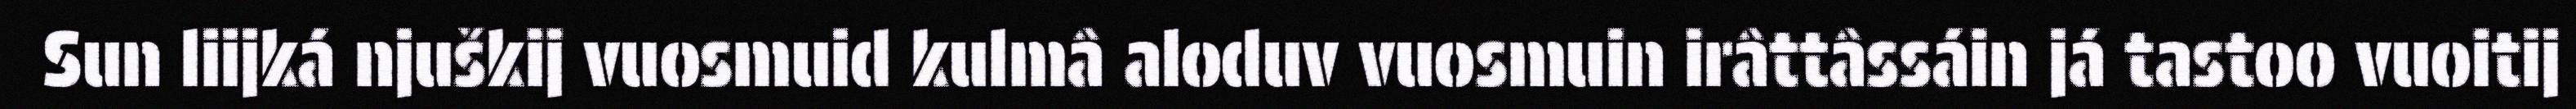
Sun liijká njuškij vuosmuid kulmâ aloduv vuosmuin irâttâssáin já tastoo vuoitij